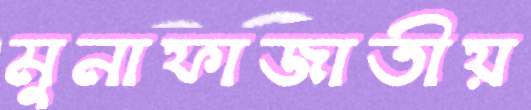
মুনাফাজাতীয়